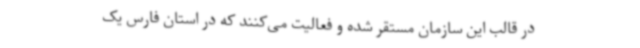
در قالب این سازمان مستقر شده و فعالیت می‌کنند که در استان فارس یک